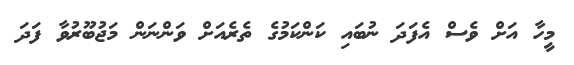
މީހާ އަށް ވެސް އެފަދަ ނުބައި ކަންކަމުގެ ތެރެއަށް ވަންނަން މަޖުބޫރުވާ ފަދަ